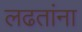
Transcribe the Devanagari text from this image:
लढतांना